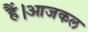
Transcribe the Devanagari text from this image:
हैं।आजकल